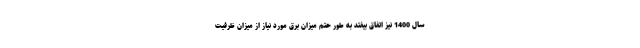
سال 1400 نیز اتفاق بیفتد به طور حتم میزان برق مورد نیاز از میزان ظرفیت